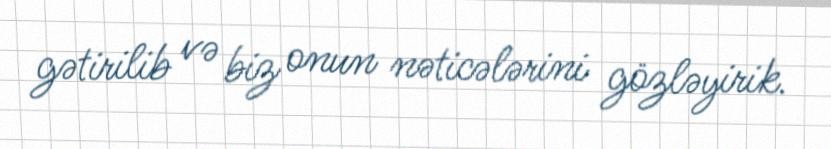
gətirilib və biz onun nəticələrini gözləyirik.